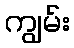
ကျွမ်း